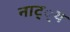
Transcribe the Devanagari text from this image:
नाट््य